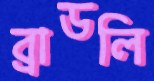
ব্রাডলি